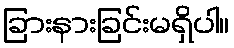
ခြားနားခြင်းမရှိပါ။